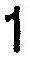
1